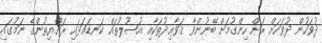
ދުވަހުން ދުވަހަށް ރަށް ހިންގުމަށް ބޭނުންވާ ޤަވާޢިދުތަކާއި އުޞޫލުތައް ކަނޑައަޅައި ރައްޔިތުންގެ ނަމުގައި